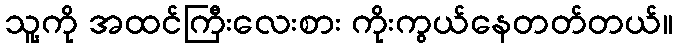
သူ့ကို အထင်ကြီးလေးစား ကိုးကွယ်နေတတ်တယ်။